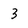
Character: 3